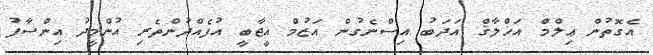
އެގޮތުން ޢިލްމް އަޚްލާޤް އަދަބު އިސްނެގުން އަޒުމް އީޖާބީ އުފެއްދުންތެރި އުންމީދު އިންސާފު